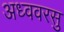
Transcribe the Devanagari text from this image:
अध्ववरसु